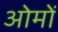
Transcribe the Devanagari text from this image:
ओमों